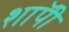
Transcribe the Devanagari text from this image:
शाॅपी